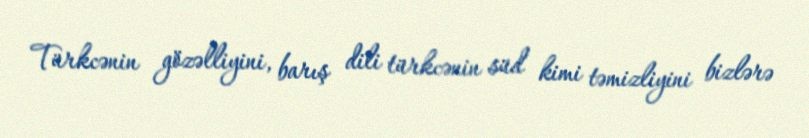
Türkcənin gözəlliyini, barış dili türkcənin süd kimi təmizliyini bizlərə